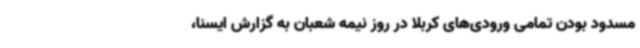
مسدود بودن تمامی‌ ورودی‌های کربلا در روز نیمه شعبان به گزارش ایسنا،‌